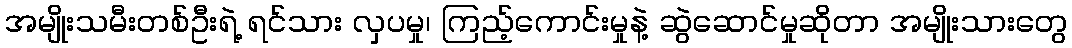
အမျိုးသမီးတစ်ဦးရဲ့ ရင်သား လှပမှု၊ ကြည့်ကောင်းမှုနဲ့ ဆွဲဆောင်မှုဆိုတာ အမျိုးသားတွေ